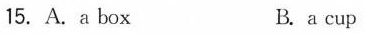
15. A. a box B. a cup